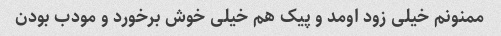
ممنونم خیلی زود اومد و پیک هم خیلی خوش برخورد و مودب بودن